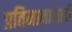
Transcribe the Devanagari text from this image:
प्रतिमानासाठी